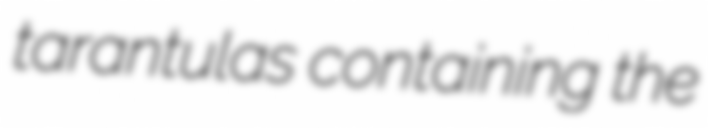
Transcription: tarantulas containing the